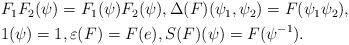
LaTeX: \begin{align*}\begin{aligned}&F_1F_2(\psi)=F_1(\psi) F_2(\psi), \Delta(F)(\psi_1,\psi_2)=F(\psi_1 \psi_2) ,\\&1(\psi)=1, \varepsilon (F)= F(e), S (F)(\psi)= F(\psi^{-1}).\end{aligned}\end{align*}